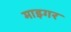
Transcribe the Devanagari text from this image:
माइगर